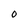
Character: O